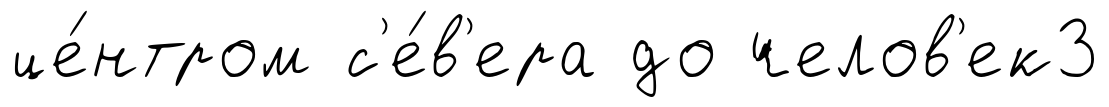
це́нтром с'е́в'ера до челов'ек3